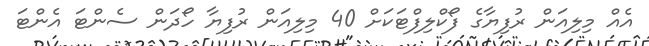
އެއް މިލިއަން ރުފިޔާގެ ފޯކްލިފްޓަކަށް 40 މިލިއަން ރުފިޔާ ހޯދަން ސެންޓަ އެންޓަ